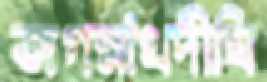
জগন্নাথদীঘি